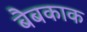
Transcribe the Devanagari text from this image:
बैबकाक